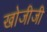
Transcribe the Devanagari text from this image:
खोजीजी